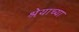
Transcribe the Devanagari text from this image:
श्रेयाच्या